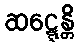
ဆဋ္ဋေန္တိ